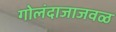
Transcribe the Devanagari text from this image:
गोलंदाजाजवळ